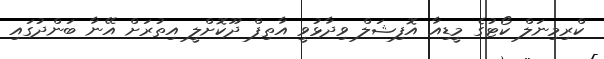
ކްރިމިނަލް ކޯޓުގެ މީޑިއާ އޮފިޝަލް ވިދާޅުވީ އާތިފް ދޫކޮށްލީ އިތުރަށް އޭނާ ބަންދުގައި